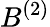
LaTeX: B^{(2)}